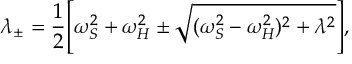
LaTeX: \lambda _ { \pm } = \frac { 1 } { 2 } \Biggl [ \omega _ { S } ^ { 2 } + \omega _ { H } ^ { 2 } \pm \sqrt { ( \omega _ { S } ^ { 2 } - \omega _ { H } ^ { 2 } ) ^ { 2 } + \lambda ^ { 2 } } \Biggr ] ,